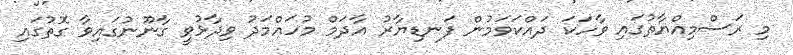
މި ރަސްމިއްޔާތުގައި ވާހަކަ ދައްކަވަމުން ފަނޑިޔާރު އާދަމް މުހައްމަދު ވިދާޅުވީ ގާނޫނުގައިވާ ގޮތުގައި